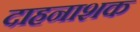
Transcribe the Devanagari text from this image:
दाहनाशक